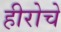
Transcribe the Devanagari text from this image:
हीरोचे